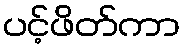
ပင့်ဖိတ်ကာ